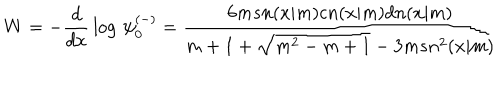
LaTeX: W = - { \frac { d } { d x } } \log \, \psi _ { 0 } ^ { ( - ) } = { \frac { 6 m s n ( x | m ) c n ( x | m ) d n ( x | m ) } { m + 1 + \sqrt { m ^ { 2 } - m + 1 } - 3 m s n ^ { 2 } ( x | m ) } }